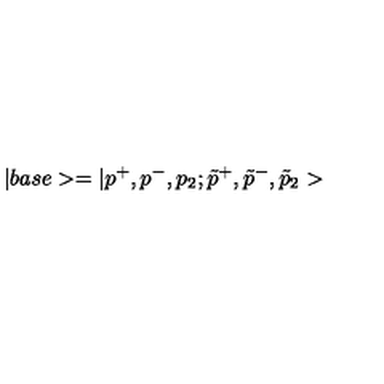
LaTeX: | b a s e > = | p ^ { + } , p ^ { - } , p _ { 2 } ; \tilde { p } ^ { + } , \tilde { p } ^ { - } , \tilde { p } _ { 2 } >